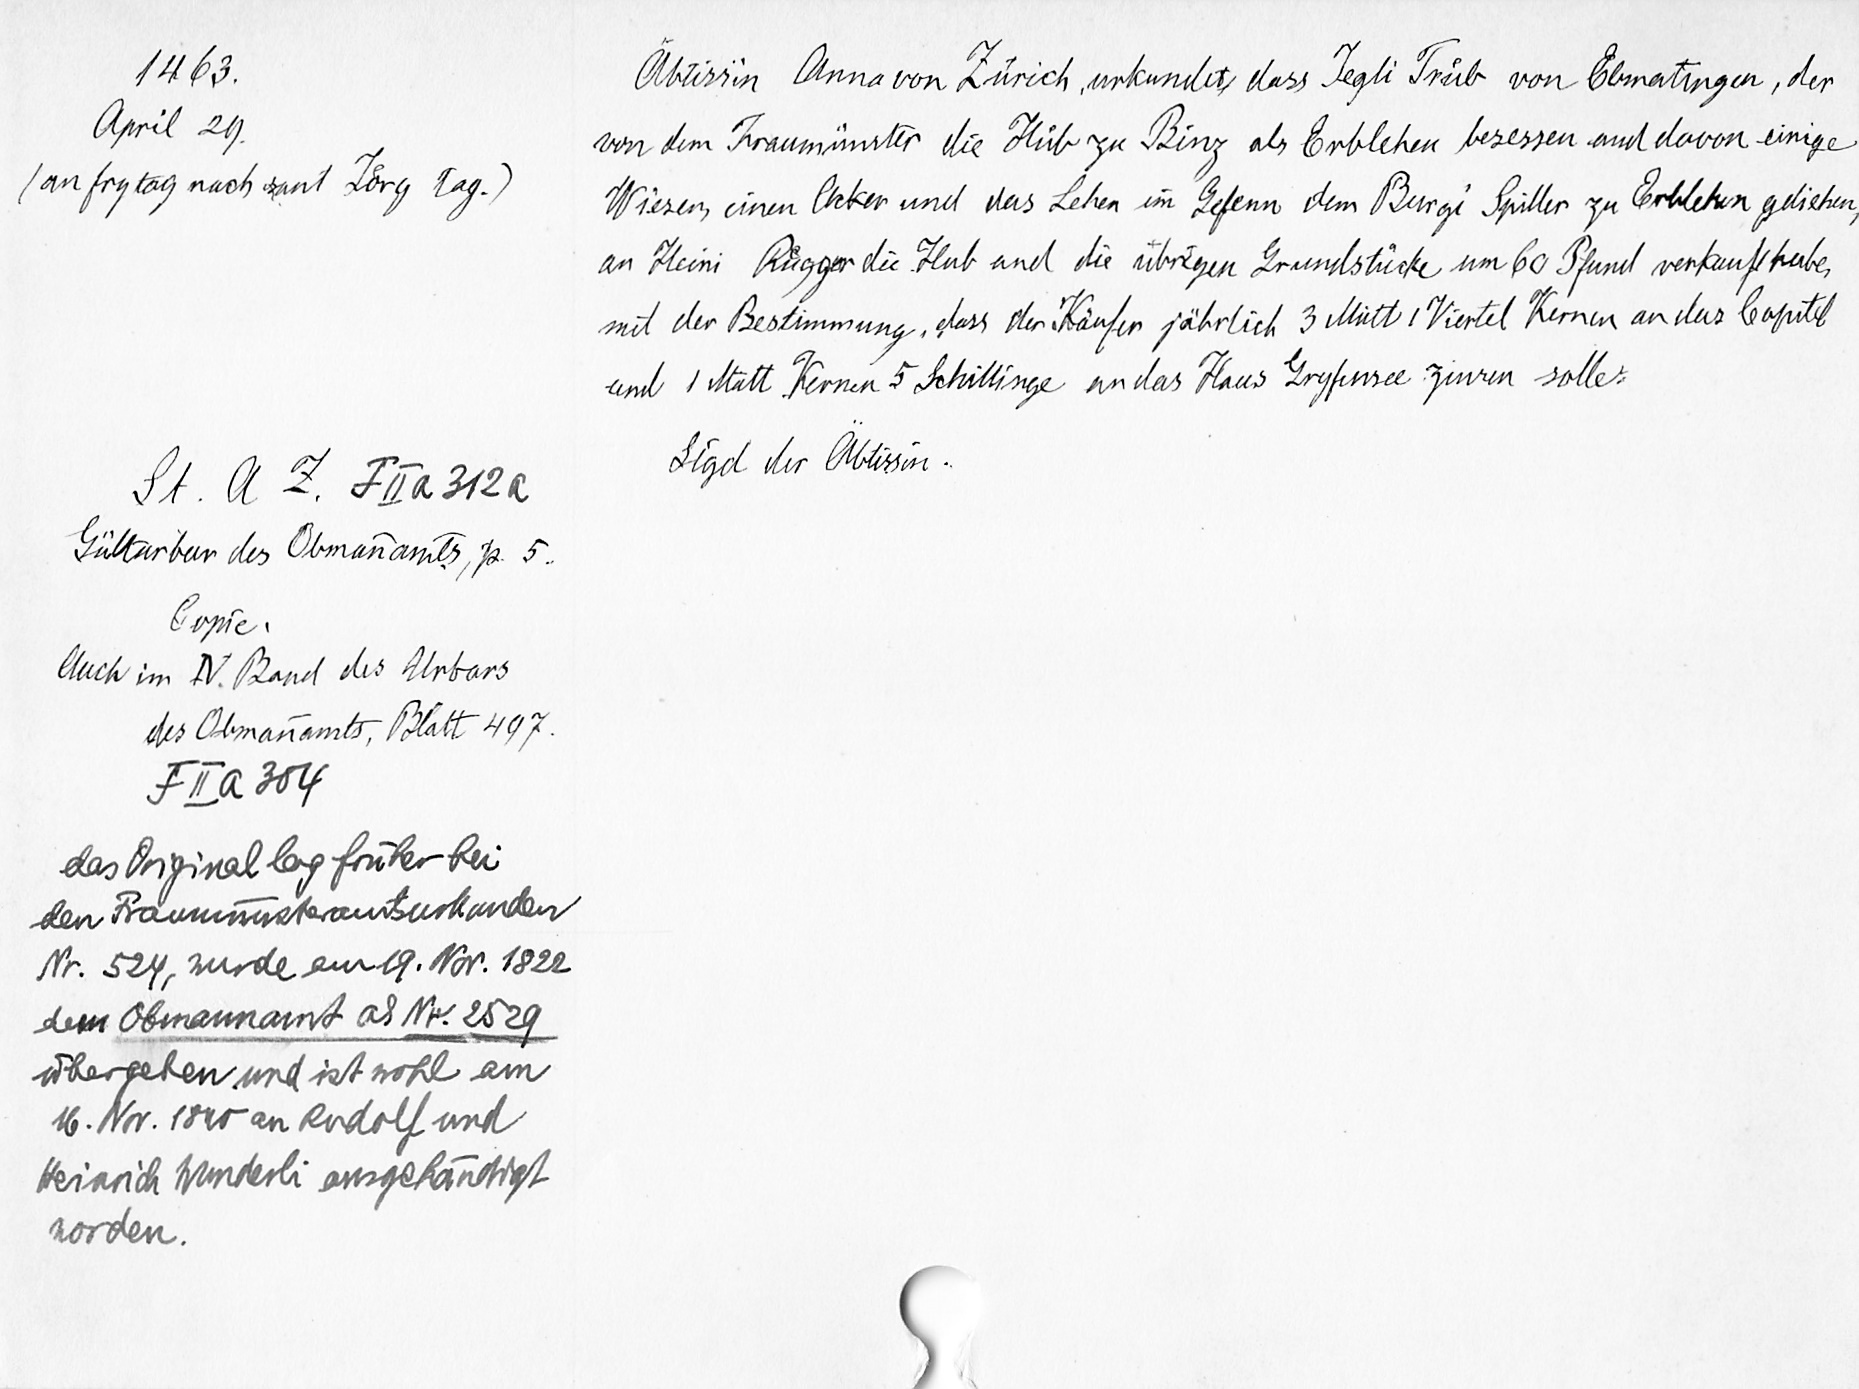
1463
April 2
(an fry lag nach, und Lore lag.
Sie 2. Fassa
Fultrbur der Omanamls, p 5
Gute
Auch im V. Rand des Labors
der Omanamts Platt 1797
Da 304
des Original lag forwker bei
den Phraeimust an ekanbeen
. 21, wurde und. tot. 1822
dem Omamant alt. 2529
beraten und ist rokbl am
.Vor. 1005 an eodols und
heran Meuterei ampetanstlgt
Norden,

Abtei Pnnavon Bericht, untundet das Legli Frau von Cbmatingur, der
von dem Fraumimite die Hilfe zu Ring als Cnblchen besessen und davon einige
Wiesen, einen Peter und das Leben in Eefenn dem Peeunge Spiller zu Crbiletun glichen,
an Heins Wigger- die Hut und die strengen runmlstishe um 60 Seit vertaussheibe,
mit der Bestimmung, dass der Kaufen sicherlich 3 und 1 Viertel Themen andere Capitol
und 1 statt fernen 5 Schillinger nilas Haus "Dreypree queren solle.
Hood der btirsin